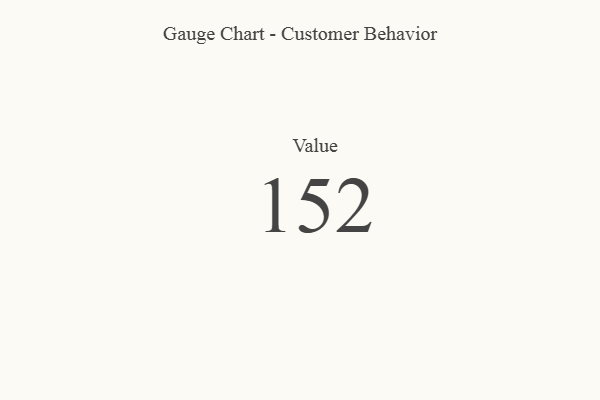
{"axis": {"x": "Metric", "y": "Value"}, "legend": [""], "data": [{"x": "Value", "y": 152, "type": ""}]}